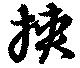
挟